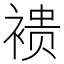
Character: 䙌